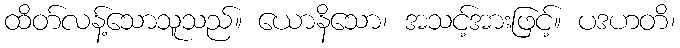
ထိတ်လန့်သောသူသည်။ ယောနိသော၊ အသင့်အားဖြင့်။ ပဒဟတိ၊